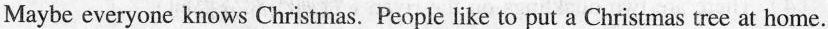
Maybe everyone knows Christmas. People like to put a Christmas tree at home.